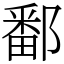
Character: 鄱